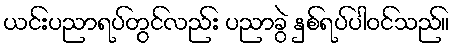
ယင်းပညာရပ်တွင်လည်း ပညာခွဲ နှစ်ရပ်ပါဝင်သည်။